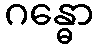
ဂန္ဓော